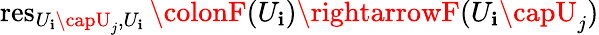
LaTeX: \operatorname{res}_{U_{\mathbf{i}}\capU_{j},U_{\mathbf{i}}}\colonF(U_{\mathbf{i}})\rightarrowF(U_{\mathbf{i}}\capU_{j})